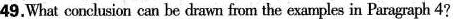
49,What conclusion can be drawn tfrom the examples in paagraph 4